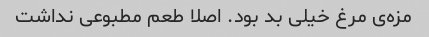
مزه‌ی مرغ خیلی بد بود. اصلا طعم مطبوعی نداشت